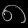
Digit: ၈